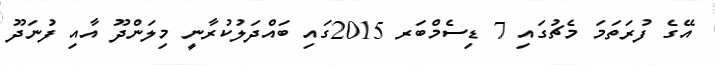
އޭގެ ފުރަތަމަ މެޗުގައި 7 ޑިސެމްބަރ 2015ގައި ބައްދަލުކުރާނީ މިލަންދޫ އާއި ފުނަދޫ